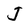
Character: J